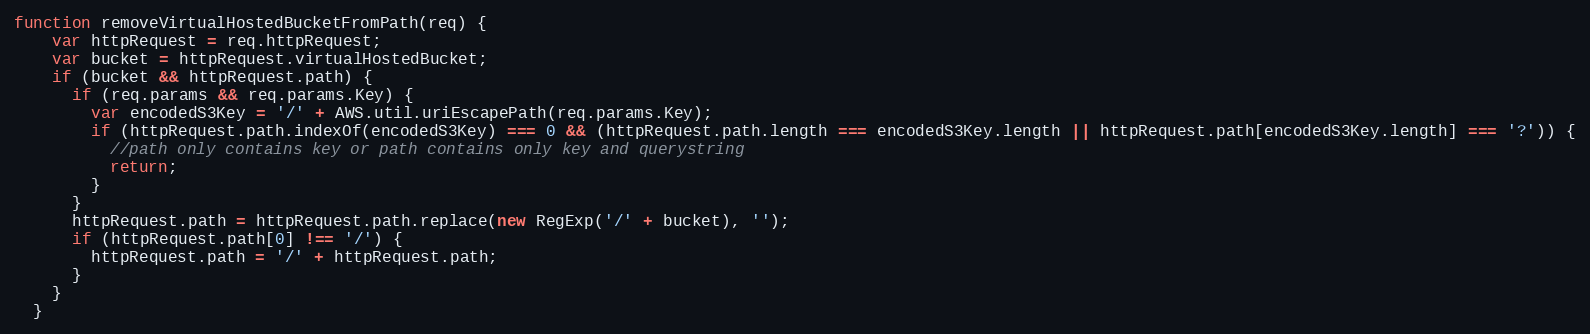
Language: JavaScript
function removeVirtualHostedBucketFromPath(req) {
    var httpRequest = req.httpRequest;
    var bucket = httpRequest.virtualHostedBucket;
    if (bucket && httpRequest.path) {
      if (req.params && req.params.Key) {
        var encodedS3Key = '/' + AWS.util.uriEscapePath(req.params.Key);
        if (httpRequest.path.indexOf(encodedS3Key) === 0 && (httpRequest.path.length === encodedS3Key.length || httpRequest.path[encodedS3Key.length] === '?')) {
          //path only contains key or path contains only key and querystring
          return;
        }
      }
      httpRequest.path = httpRequest.path.replace(new RegExp('/' + bucket), '');
      if (httpRequest.path[0] !== '/') {
        httpRequest.path = '/' + httpRequest.path;
      }
    }
  }